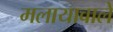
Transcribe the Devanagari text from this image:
मलायावाले